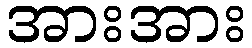
အားအား